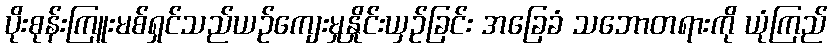
ပိုးစုန်းကြူးမစ်ရှင်သည်ယဉ်ကျေးမှုနှိုင်းယှဉ်ခြင်း အခြေခံ သဘောတရားကို ယုံကြည်